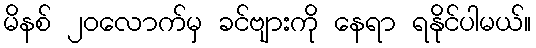
မိနစ် ၂၀လောက်မှ ခင်ဗျားကို နေရာ ရနိုင်ပါမယ်။